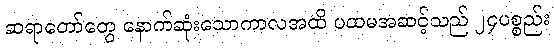
ဆရာတော်တွေ နောက်ဆုံးသောကာလအထိ ပထမအဆင့်သည် ၂၄ပစ္စည်း